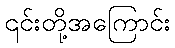
၎င်းတို့အကြောင်း